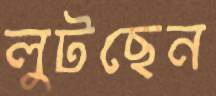
লুটছেন